Leaving Certificate Examination (including Day School Certificate (Higher) General paper), 1938
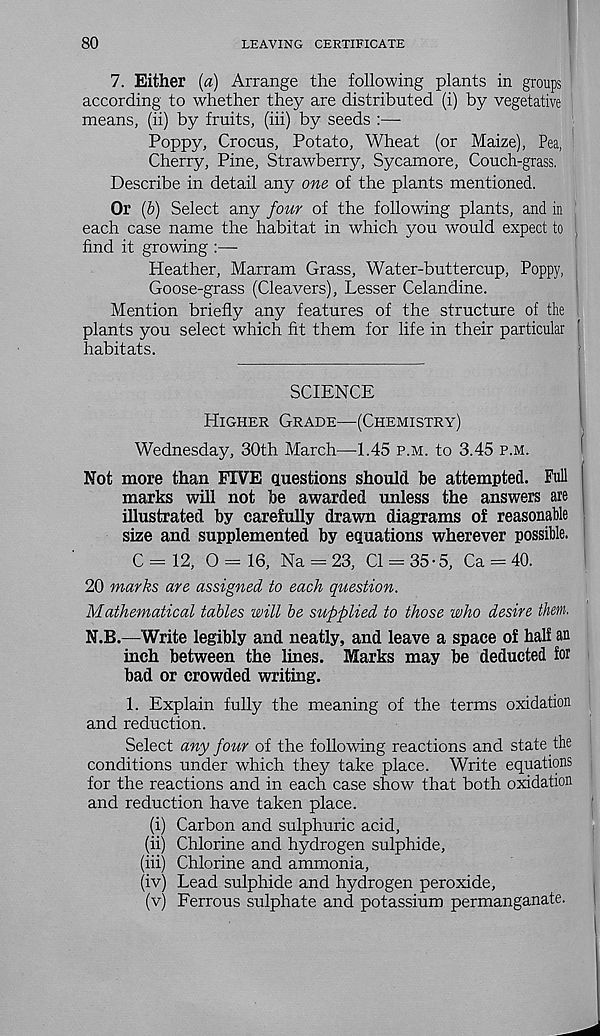
80
LEAVING CERTIFICATE
7. Either [a) Arrange the following plants in groups
according to whether they are distributed (i) by vegetative
means, (ii) by fruits, (hi) by seeds :—
Poppy, Crocus, Potato, Wheat (or Maize), Pea,
Cherry, Pine, Strawberry, Sycamore, Couch-grass.
Describe in detail any one of the plants mentioned.
Or (&) Select any four of the following plants, and in
each case name the habitat in which you would expect to ,
find it growing :—
Heather, Marram Grass, Water-buttercup, Poppy,
Goose-grass (Cleavers), Lesser Celandine.
Mention briefly any features of the structure of the
plants you select which fit them for life in their particular
habitats.
SCIENCE
Higher Grade—(Chemistry)
Wednesday, 30th March—-1.45 p.m. to 3.45 p.m.
Not more than FIVE questions should he attempted. Full
marks will not he awarded unless the answers are
illustrated by carefully drawn diagrams of reasonable
size and supplemented by equations wherever possible.
C — 12, 0 = 16, Na = 23, Cl = 35-5, Ca = 40.
20 marks are assigned to each question.
Mathematical tables will be supplied to those who desire then.
N.B.—Write legibly and neatly, and leave a space of half an
inch between the lines. Marks may be deducted for
bad or crowded writing.
1. Explain fully the meaning of the terms oxidation
and reduction.
Select any four of the following reactions and state the
conditions under which they take place. Write equations
for the reactions and in each case show that both oxidation
and reduction have taken place.
(i) Carbon and sulphuric acid,
(ii) Chlorine and hydrogen sulphide,
(hi) Chlorine and ammonia,
(iv) Lead sulphide and hydrogen peroxide,
(v) Ferrous sulphate and potassium permanganate.